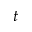
^ { t }